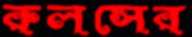
রুলসের